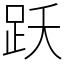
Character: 跃